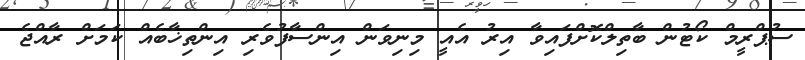
ސުޕްރީމް ކޯޓުން ބާތިލްކޮށްފައިވާ އިރު އެއީ މިނިވަން އިންސާފުވެރި އިންތިޚާބެއް ކަމަށް ރާއްޖެ